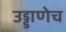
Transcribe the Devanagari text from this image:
उड्डाणेच